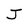
Character: J